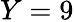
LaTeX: Y=9